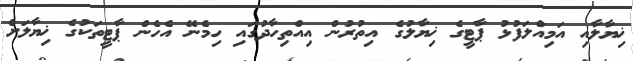
ޚިޔާލާއި އަމިއްލަފުޅު ޕާޓީގެ ޚިޔާލުގެ އިތުރުން އިއްތިހާދުގައި ހިމެނޭ އެހެން ޕާޓީތަކުގެ ޚިޔާލަށް